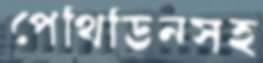
পেথিডিনসহ